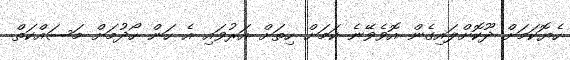
ހެޔޮކަމަށް ދޫކޮށްލައިގެން އޮވެވޭނެ ކަމަށް ހިތަށް އަރުވައި އެ ހަން ހޯދުމަށް މަސައްކަތް